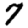
Digit: 7